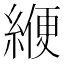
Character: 緶